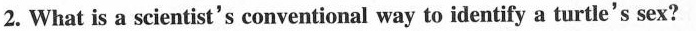
2. What is a scientist's conventional way to identify a turtle's sex?